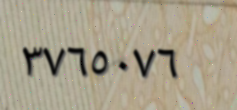
٣٧٦٥٠٧٦